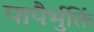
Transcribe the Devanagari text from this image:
पापैर्भुक्तिं